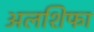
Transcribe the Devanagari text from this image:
अलशिफा